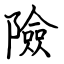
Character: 險